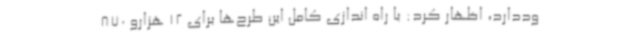
وددارد، اظهار کرد: با راه اندازی کامل این طرح‌ها برای 12 هزارو 870